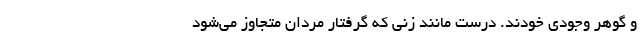
و گوهر وجودیِ خودند. درست مانند زنی که گرفتار مردان متجاوز می‌شود